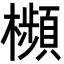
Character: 㰋